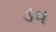
ડવ